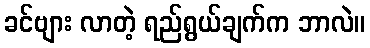
ခင်ဗျား လာတဲ့ ရည်ရွယ်ချက်က ဘာလဲ။